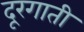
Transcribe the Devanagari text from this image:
दूरगाती